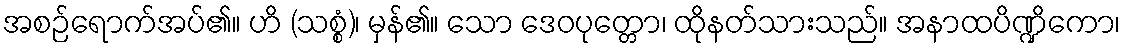
အစဉ်ရောက်အပ်၏။ ဟိ (သစ္စံ)၊ မှန်၏။ သော ဒေဝပုတ္တော၊ ထိုနတ်သားသည်။ အနာထပိဏ္ဍိကော၊